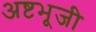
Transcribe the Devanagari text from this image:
अष्टभूजी